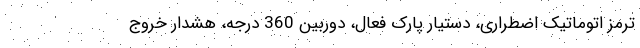
ترمز اتوماتیک اضطراری، دستیار پارک فعال، دوربین 360 درجه، هشدار خروج